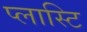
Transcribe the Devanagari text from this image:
प्लास्टि